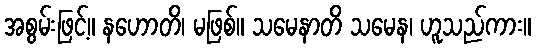
အစွမ်းဖြင့်။ နဟောတိ၊ မဖြစ်။ သမေနာတိ သမေန၊ ဟူသည်ကား။